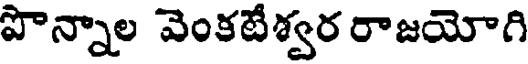
పొన్నాల వెంకటేశ్వర రాజయోగి